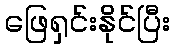
ဖြေရှင်းနိုင်ပြီး